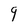
Character: 9